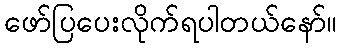
ဖော်ပြပေးလိုက်ရပါတယ်နော်။